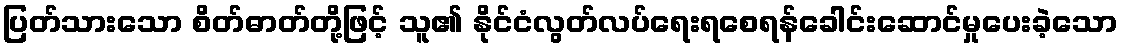
ပြတ်သားသော စိတ်ဓာတ်တို့ဖြင့် သူ၏ နိုင်ငံလွတ်လပ်ရေးရစေရန်ခေါင်းဆောင်မှုပေးခဲ့သော